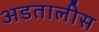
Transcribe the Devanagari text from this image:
अडतालीस